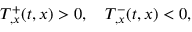
T _ { , x } ^ { + } ( t , x ) > 0 , \quad T _ { , x } ^ { - } ( t , x ) < 0 ,